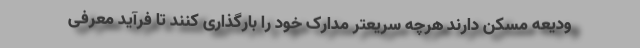
ودیعه مسکن دارند هرچه سریعتر مدارک خود را بارگذاری کنند تا فرآید معرفی